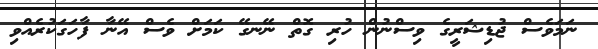
ނަމަވެސް ޖުޑިޝަރީގެ ވިސްނުން ހުރި ގޮތް ނޭނގޭ ކަމަށް ވެސް އޭނާ ފާހަގަކުރެއްވި